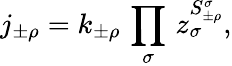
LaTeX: j_{\pm\rho}=k_{\pm\rho}\, \prod_{\sigma}\, z_{\sigma}^{S_{\pm\rho}^{\sigma}},